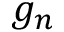
g _ { n }